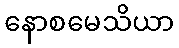
နောစမေသိယာ